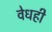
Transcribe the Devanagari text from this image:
वेधही